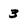
Character: 3